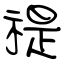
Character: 禔